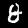
Digit: 8